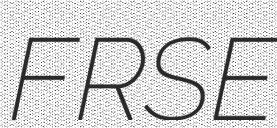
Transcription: FRSE